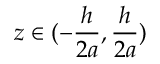
z \in ( - \frac { h } { 2 a } , \frac { h } { 2 a } )